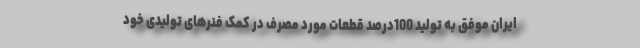
ایران موفق به تولید 100درصد قطعات مورد مصرف در کمک فنرهای تولیدی خود